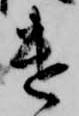
遣